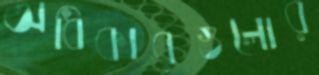
অধিকারগুলোর